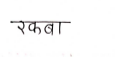
मजकूर: रकबा